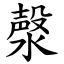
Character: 漀